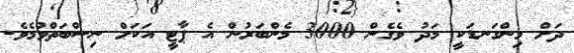
ދަށް މިންގަނޑަކީ މަދު ވެގެން 3000 މެންބަރުން އެ ޕާޓީ އަކަށް ނިސްބަތްވުމެވެ.